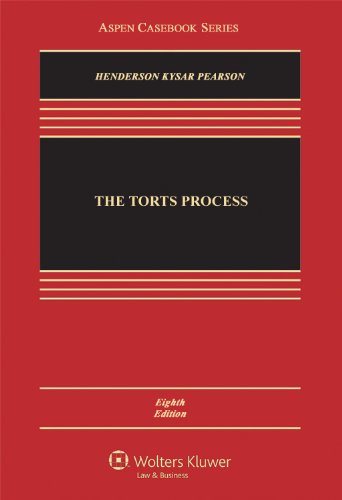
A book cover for The Torts Process, 8th Edition (Aspen Casebook); James A. Henderson Jr.; Law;